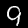
Label: 9